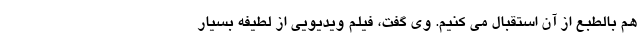
هم بالطبع از آن استقبال می کنیم. وی گفت، فیلم ویدیویی از لطیفه بسیار